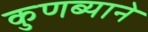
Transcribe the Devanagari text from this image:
कुणब्याने